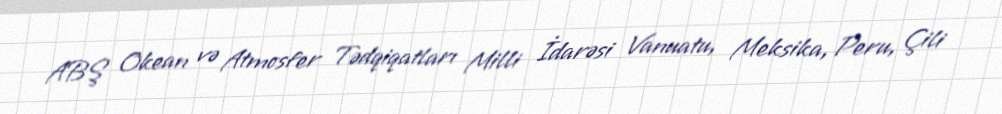
ABŞ Okean və Atmosfer Tədqiqatları Milli İdarəsi Vanuatu, Meksika, Peru, Çili